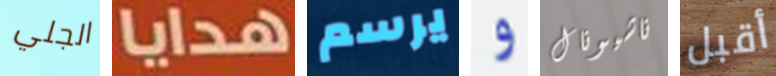
الجلي هدايا يرسم و ناشيونال أقبل